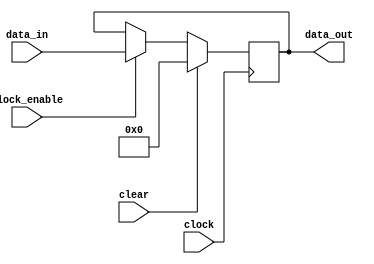
module Register
#(
    parameter WORD_WIDTH  = 10,
    parameter RESET_VALUE = 0
)
(
    input   wire                        clock,
    input   wire                        clock_enable,
    input   wire                        clear,
    input   wire    [WORD_WIDTH-1:0]    data_in,
    output  reg     [WORD_WIDTH-1:0]    data_out
);

    initial begin
        data_out = RESET_VALUE;
    end

always @(posedge clock) begin
        if (clock_enable == 1'b1) begin
            data_out <= data_in;
        end

        if (clear == 1'b1) begin
            data_out <= RESET_VALUE;
        end
    end

endmodule